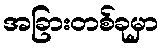
အခြားတစ်ခုမှာ